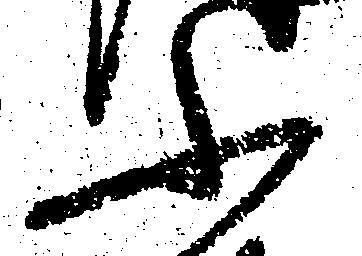
ふ